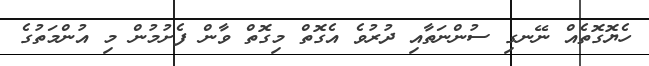
ހެޔޮގޮތެއް ނޭނގި ސުންނަތާއި ދުރުވެ އެގޮތް މިގޮތް ވާން ފެށުމުން މި އުންމަތުގެ